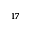
^ { 1 7 }